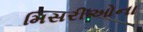
મિસરીઓના